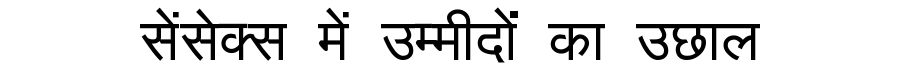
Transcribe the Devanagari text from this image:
सेंसेक्स में उम्मीदों का उछाल